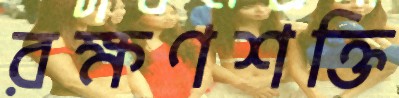
রক্ষণশক্তি